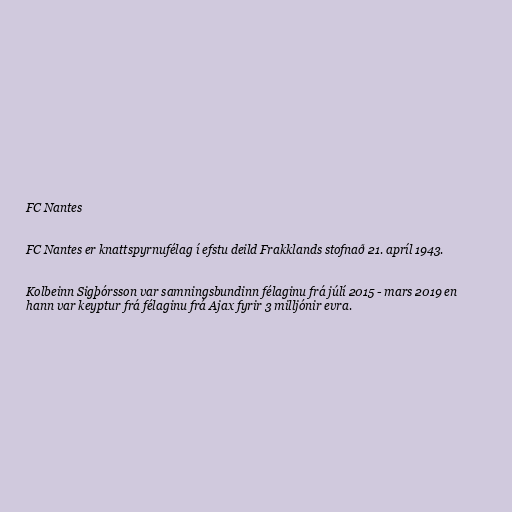
FC Nantes

FC Nantes er knattspyrnufélag í efstu deild Frakklands stofnað 21. apríl 1943.

Kolbeinn Sigþórsson var samningsbundinn félaginu frá júlí 2015 - mars 2019 en
hann var keyptur frá félaginu frá Ajax fyrir 3 milljónir evra.